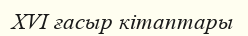
XVI ғасыр кітаптары